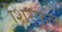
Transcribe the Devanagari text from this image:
शिरफूल